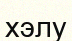
хэлу